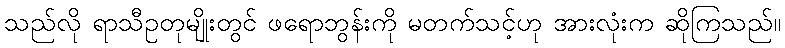
သည်လို ရာသီဥတုမျိုးတွင် ဖရောဘွန်းကို မတက်သင့်ဟု အားလုံးက ဆိုကြသည်။